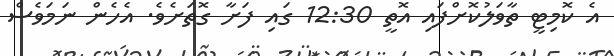
އެ ކޮމިޓީ ތާވަލުކޮށްފައި އޮތީ 12:30 ގައި ފަށާ ގޮތަށެވެ. އެހެން ނަމަވެސް